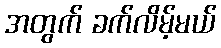
အတွက် ခက်လိမ့်မယ်